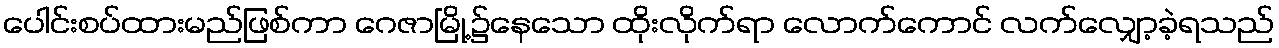
ပေါင်းစပ်ထားမည်ဖြစ်ကာ ဂေဇာမြို့၌နေသော ထိုးလိုက်ရာ လောက်ကောင် လက်လျှော့ခဲ့ရသည်